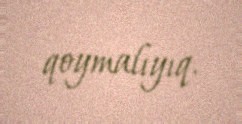
qoymalıyıq.